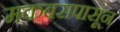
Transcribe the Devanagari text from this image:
मकबरापासून